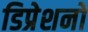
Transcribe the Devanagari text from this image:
डिप्रेशनों